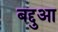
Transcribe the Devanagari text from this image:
बद्दुआ